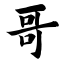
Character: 哥